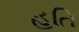
હતિ